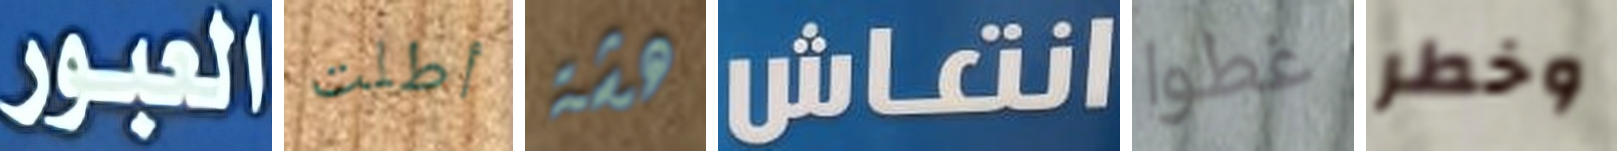
العبور أطلت هشة انتعاش غطوا وخطر